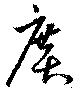
廣